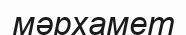
мәрхамет